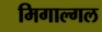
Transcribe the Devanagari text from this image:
मिगाल्गल